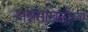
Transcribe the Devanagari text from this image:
अन्नसाखळीच्या